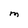
Character: M